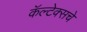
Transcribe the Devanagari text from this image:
कॅल्टेक्सचे